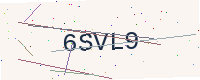
Text: 6SVL9